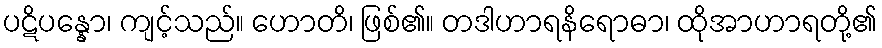
ပဋိပန္နော၊ ကျင့်သည်။ ဟောတိ၊ ဖြစ်၏။ တဒါဟာရနိရောဓာ၊ ထိုအာဟာရတို့၏